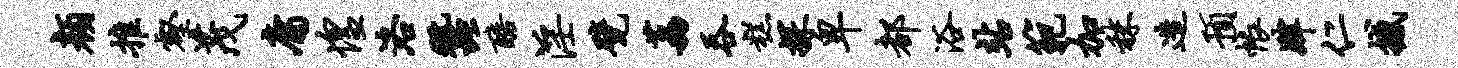
颜推壑茂庸惶洛蚕醅淫甓荔吞糕探卑都浴站范加秣造预帐肄仁撼